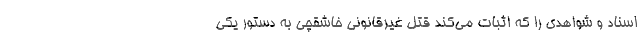
اسناد و شواهدی را که اثبات می‌کند قتل غیرقانونی خاشقچی به دستور یکی